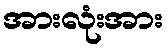
အားလုံးအား